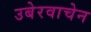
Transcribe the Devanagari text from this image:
उबेरवाचेन